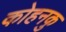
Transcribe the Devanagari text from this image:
कोहनकु